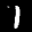
Label: 1